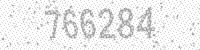
Solution: 766284